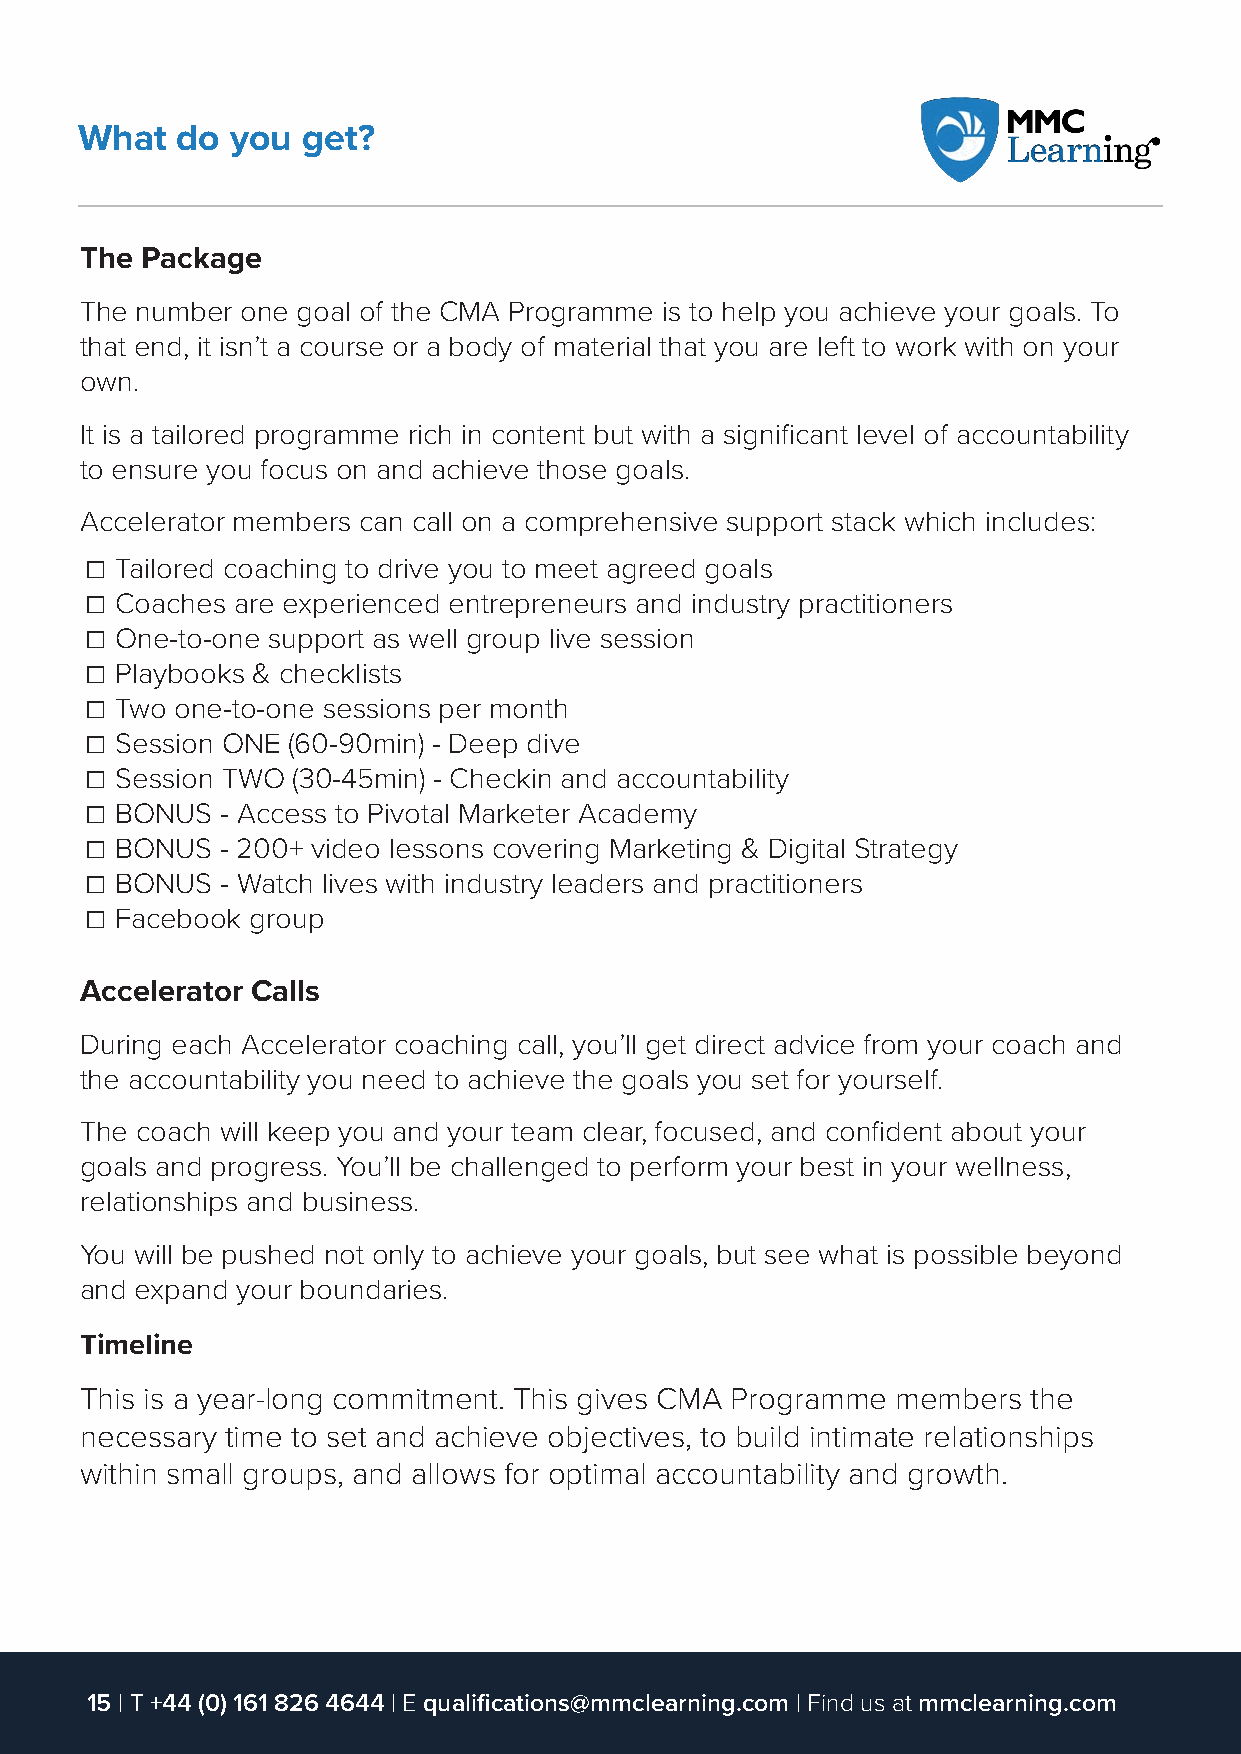
What   do you  get?
 The Package
 The number one goal of the CMA Programme is to help you achieve your goals. To
 that end, it isn’t a course or a body of material that you are left to work with on your
 own.
 It is a tailored programme rich in content but with a significant level of accountability
 to ensure you focus on and achieve those goals.
 Accelerator members can call on a comprehensive support stack which includes:
 ☐ Tailored coaching to drive you to meet agreed goals
 ☐ Coaches are experienced entrepreneurs and industry practitioners
 ☐ One-to-one support as well group live session
 ☐ Playbooks & checklists
 ☐ Two one-to-one sessions per month
 ☐ Session ONE (60-90min) - Deep dive
 ☐ Session TWO (30-45min) - Checkin and accountability
 ☐ BONUS  - Access to Pivotal Marketer Academy
 ☐ BONUS  - 200+ video lessons covering Marketing & Digital Strategy
 ☐ BONUS  - Watch lives with industry leaders and practitioners
 ☐ Facebook group
 Accelerator Calls
 During each Accelerator coaching call, you’ll get direct advice from your coach and
 the accountability you need to achieve the goals you set for yourself.
 The coach will keep you and your team clear, focused, and confident about your
 goals and progress. You’ll be challenged to perform your best in your wellness,
 relationships and business.
 You will be pushed not only to achieve your goals, but see what is possible beyond
 and expand your boundaries.
 Timeline
 This is a year-long commitment. This gives CMA Programme members the
 necessary time to set and achieve objectives, to build intimate relationships
 within small groups, and allows for optimal accountability and growth.
 15 | T +44 (0) 161 826 4644 | E qualifications@mmclearning.com | Find us at mmclearning.com